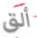
ألق